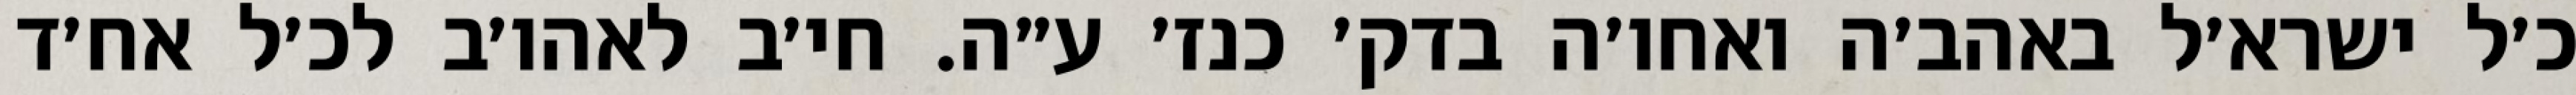
כ׳ל ישרא׳ל באהב׳ה ואחו׳ה בדק׳ כנז׳ ע״ה. חי׳ב לאהו׳ב לכ׳ל אח׳ד